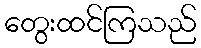
တွေးထင်ကြသည်